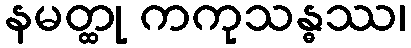
နမတ္ထု ကကုသန္ဓဿ၊